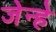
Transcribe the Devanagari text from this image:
जेन्हे